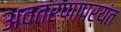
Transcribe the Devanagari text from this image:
अवतरणापर्यंत